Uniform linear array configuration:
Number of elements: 48
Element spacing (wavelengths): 1
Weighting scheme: uniform
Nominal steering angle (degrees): -30
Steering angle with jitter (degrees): -30.716
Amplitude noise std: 0.05
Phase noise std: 0.05

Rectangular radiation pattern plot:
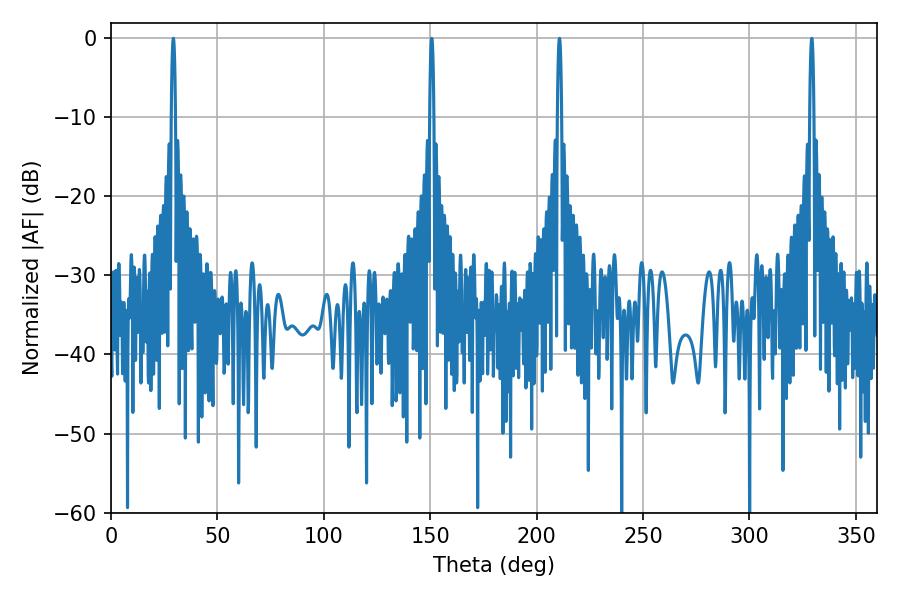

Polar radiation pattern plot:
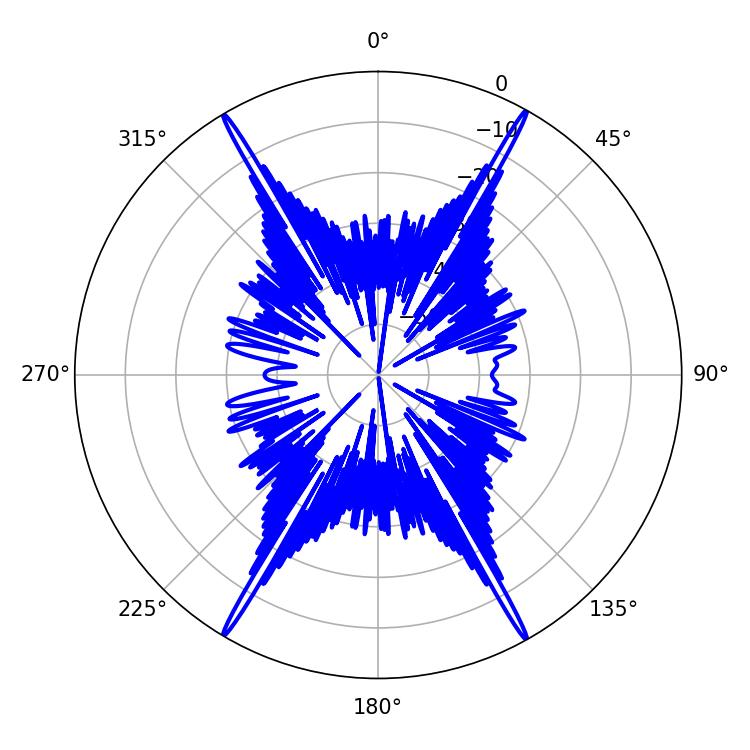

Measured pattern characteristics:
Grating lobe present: TRUE
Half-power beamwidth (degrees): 1.08
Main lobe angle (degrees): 150.66